Torma_(Votikvere)_vallavalitsus, lk 142
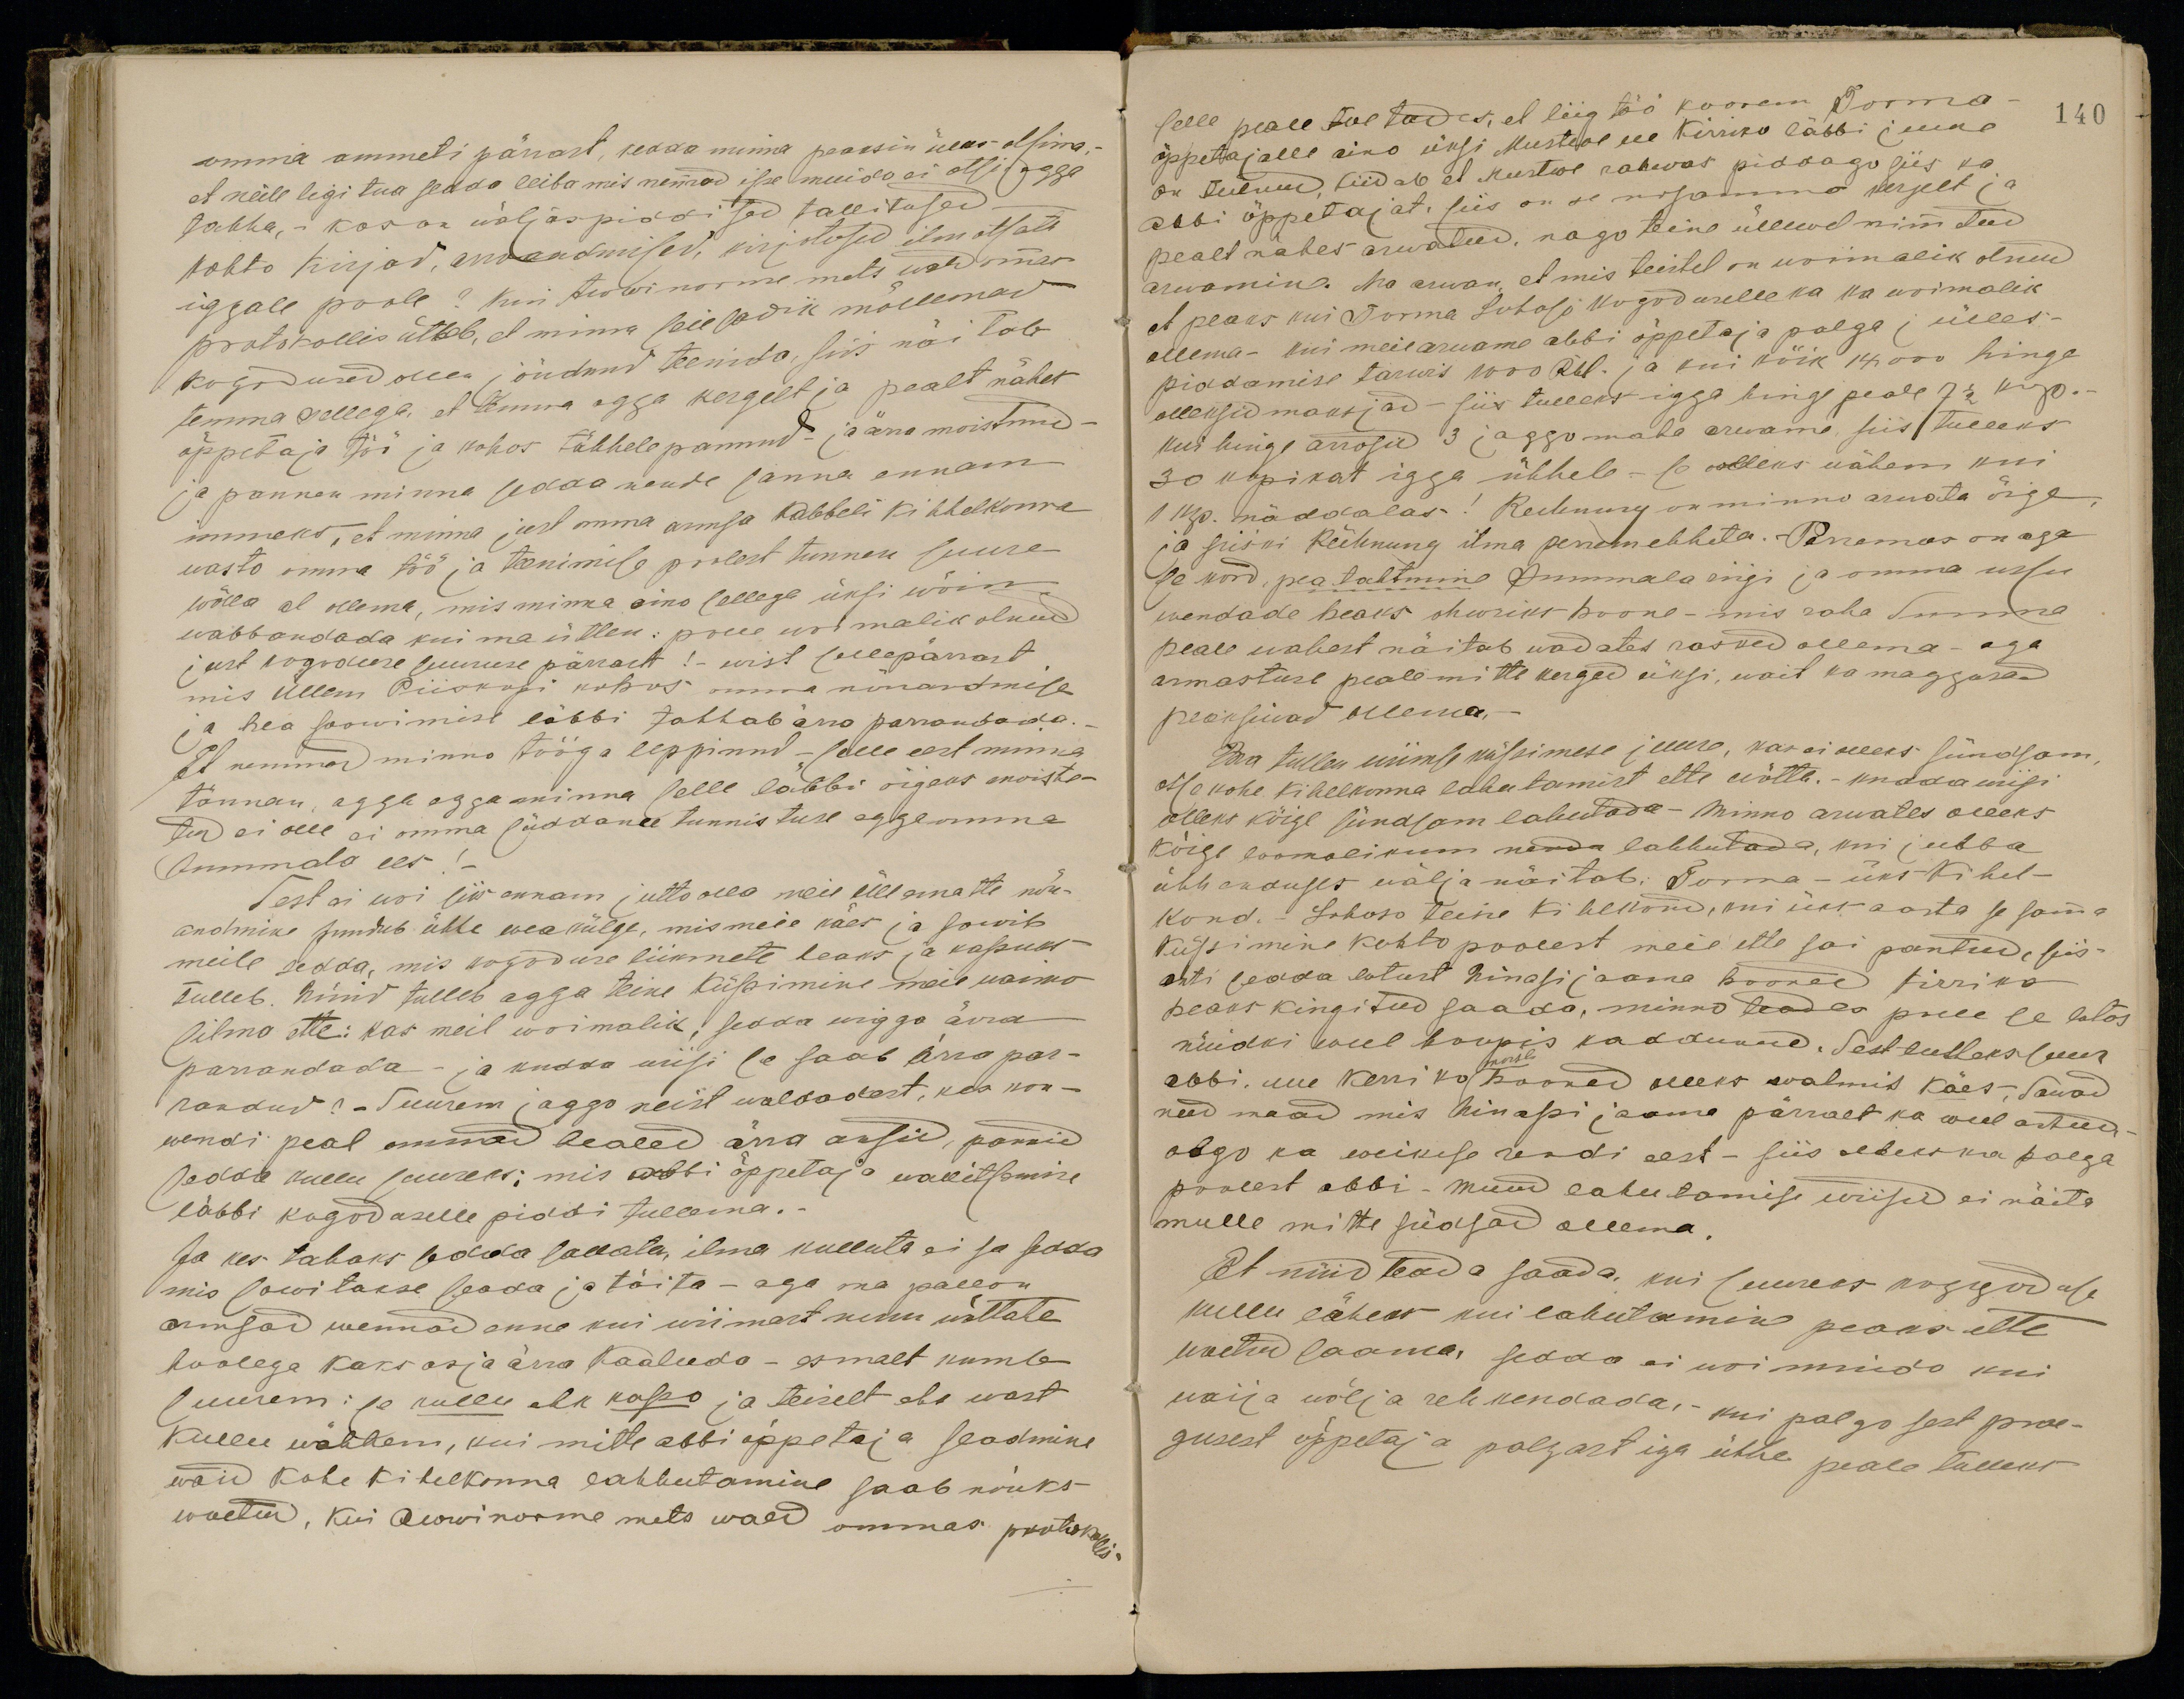
omma ammeti pärast, kedda minna peaksin üles otsima
et neile ligi tua sedda leiba mis nemmad isse muido ei otsi egga
tahha. Kos on wäljaspiddised tallitused
kohto kirjad, arroandmised, kirjotised ilmotsati
iggale poole? Kui Awwinorme mets wald ommas
protokollis ütleb, et minna seiesadik mõllemad
kogodused olla jõudnud teenida, siis näitab
temma sellega, et temma agga kergelt ja pealt nähes
õppetaja töö ja kohos tähhele pannud. ja ärra moistnud -
ja pannen minna sedda nende sanna ennam
immeks, et minna just omma armsa Kabbeli kihhelkonna
wasto omma töö ja teenimise poolest tunnen suure
wõlla al ollema, mis minna aino lellega üksi wõin
wabbandada kui ma ütlen: polle woimalik olnud
jurt kogoduse suuruse pärаst:- wist sellepärast
mis Üllem Piiskopi kohos omma nõuandmise
ja hea soowimise läbbi tahhab ärra parrandada.
Et nemmad minno tööga leppinud - selle eest minna
tännan, agga egga minna selle läbbi õigeks moiste-
tud ei olle ei omma süddame tunnistuse egga omma
Jummala ees!
Sest ei woi siis ennam jutto olla meie üllematte nõu-
andmise puudub ühhe wea külge, mis meie käes ja sowib
meile sedda, mis kogoduse liikmete heaks ja kasuks
tulleb. Nüüd tulleb agga teine küssimine meie waimo
silma ette: kas meil woimalik sedda wigga ärra
parrandada ja kudda wiisi se saab ärra par-
randud?- Suurem jaggo neist waldadest, kas kon-
wendi peal ommad healed ärra ansid, pannid
sedda kullu suureks: mis abbi õppetaja wallitsemise
läbbi kogodoselle piddi tullema.
Ja kes tahaks sedda sallata, ilma kulluta ei sa sedda
mis sowitakse seada ja täita - aga ma pallon
armsad wennad enne kui wiimast ninu wõttate
hoolega kaks asja ärra kaaluda - esmalt kumb
suurem: se kullu ehk kasso ja teiselt ehk wast
Kullu wähhem, kui mitte abbi õppetaja seadmine
wõid kahe kihelkonna lahhutamine saab nõuks-
waetud. Kui Awwinorme mets wald ommas protokollis

selle peale toetadas, et liig töö koorem Torma
140
õppetajalle aino üksi Mustwe kirriko läbbi juure
on tulnud, liidab et Mustwe rahwas piddago siis ka
abbi õppetajat. siis on se niisamma kergelt ja
pealt nähes arwatud. nago teine üllewel nimmetud
arwamine. Ma arwan et mis teistel on woimalik olnud
et peaks kui Torma Lohoso kogoduselle ka ka woimalik
ollema - kui meie anname abbi õppetaja palga j ülles-
piddamise tarwis 1000 Rbl ja kui kõik 14000 hinge
olleksid maksjad - siis tulleks igga hing peale 7 1/2 kop.
kui hinge arrosid 3 jaggo maha arwame siis tulleks
30 kopikat igga ühhele - se olleks wähem kui
1 kop. näddalas! Rechnung on minno arwata õige
ja siiski Rechnung ilma peremehheta. Perremees on aga
se kord. pea tahtmine Jummmala riigi ja omma ussu
wendade heaks ohwriks hoone - mis raha summa
peale wahest näitab wadates rasked ollema aga
armastuse peale mitte kerged üksi, wait ka maggusad
peaksiwad ollema.
Ma tullen wiimse küssimese juure, kas ei olleks sündsam
otsekohe kihelkonna lahutamist ette ei wõtta.- kudawiisi
olleks kõige sündsam lahudada - minno arwates olleks
kõige loomolikum nenda lahhutada, kui jubba
ühhenduses wälja näitab. Torma - üks kihel-
kond. Lohoso teine kihelkond, kui üks aasta se samma
küssimine kohto poolest meie ette sai pantud, siis
anti sedda lotust Ninasi jaama hooned kirriko
peaks kingitud saada, minno teades pole se lotos
nüüdki weel hoopis kadunud. Sest tulleks suur
abbi. uue kerriko hooned olleks walmis käes. Sawad
need maad mis Ninapi jaama pärrast ka weel antud.
olgo ka weikese rendi eest - siis olleks ka palga
poolest abbi. Muud lahutamise wiisid ei näita
mulle mitte sündsad ollema.
Et nüid teada saada, kui suureks kogudusele
kullu läheks kui lahutamine peaks ette
wõetud saama sedda ei woi mindo kui
waija wälja rehkendada, - kui palgo sest prae-
gusest õppetaja palgast iga ühhe peale läheks